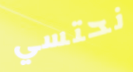
نحتسي